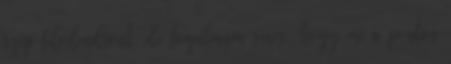
szép filodendront, de fogalmam sincs, hogy mi a pontos